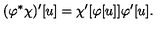
( \varphi ^ { * } \chi ) ^ { \prime } [ u ] = \chi ^ { \prime } [ \varphi [ u ] ] \varphi ^ { \prime } [ u ] .